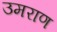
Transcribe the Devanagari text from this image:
उमराण